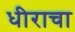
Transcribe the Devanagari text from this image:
धीराचा